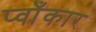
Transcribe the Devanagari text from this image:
प्वाँकार